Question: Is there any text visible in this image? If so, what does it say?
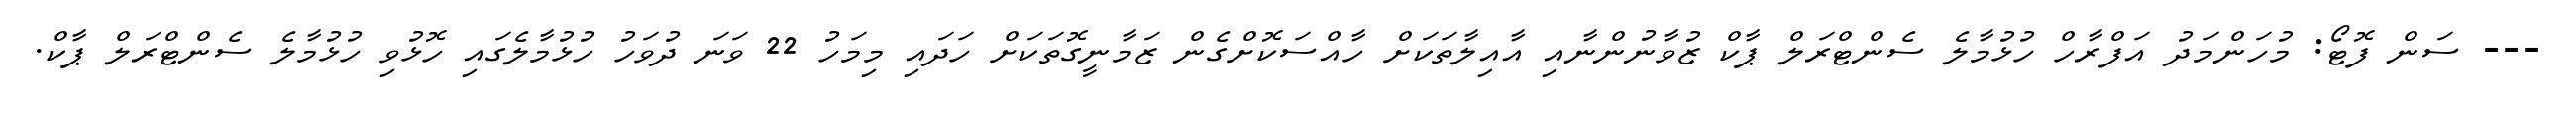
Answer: --- ސަން ފޮޓޯ: މުހަންމަދު އަފްރާހް ހުޅުމާލެ ސެންޓްރަލް ޕާކް ޒުވާނުންނާއި އާއިލާތަކަށް ހާއްސަކޮށްގެން ޒަމާނީގޮތަކަށް ހަދައި މިމަހު 22 ވަނަ ދުވަހު ހުޅުމާލެގައި ހޮޅުވި ހުޅުމާލެ ސެންޓްރަލް ޕާކް.